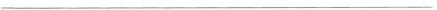
___